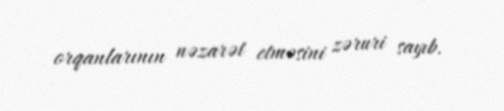
orqanlarının nəzarət etməsini zəruri sayıb.